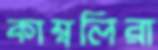
কাম্বলিরা